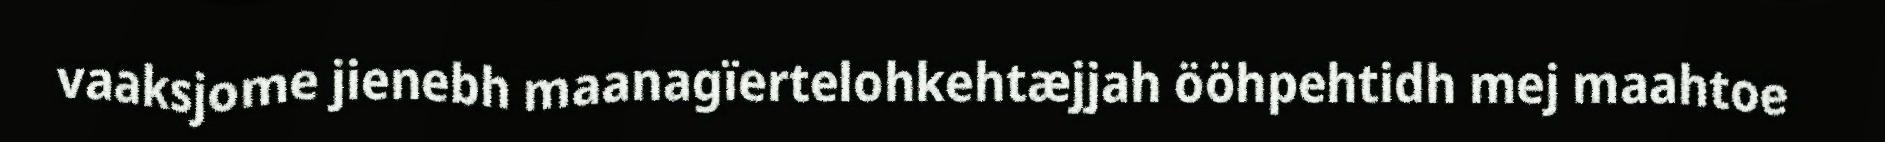
vaaksjome jienebh maanagïertelohkehtæjjah ööhpehtidh mej maahtoe